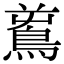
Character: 𪀝